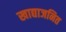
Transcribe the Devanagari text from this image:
खाद्याजनित